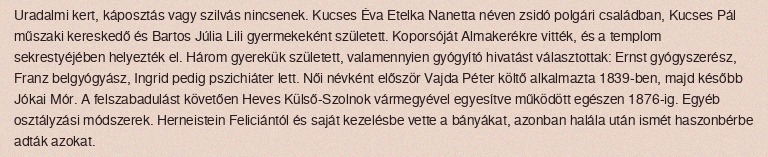
Uradalmi kert, káposztás vagy szilvás nincsenek. Kucses Éva Etelka Nanetta néven zsidó polgári családban, Kucses Pál műszaki kereskedő és Bartos Júlia Lili gyermekeként született. Koporsóját Almakerékre vitték, és a templom sekrestyéjében helyezték el. Három gyerekük született, valamennyien gyógyító hivatást választottak: Ernst gyógyszerész, Franz belgyógyász, Ingrid pedig pszichiáter lett. Női névként először Vajda Péter költő alkalmazta 1839-ben, majd később Jókai Mór. A felszabadulást követően Heves Külső-Szolnok vármegyével egyesítve működött egészen 1876-ig. Egyéb osztályzási módszerek. Herneistein Feliciántól és saját kezelésbe vette a bányákat, azonban halála után ismét haszonbérbe adták azokat.